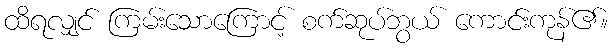
ထိရလျှင် ကြမ်းသောကြောင့် စက်ဆုပ်ဘွယ် ကောင်းကုန်၏။